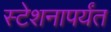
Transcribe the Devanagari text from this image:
स्टेशनापर्यंत